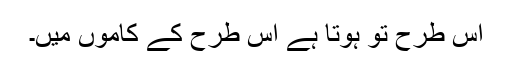
اس طرح تو ہوتا ہے اس طرح کے کاموں میں۔